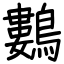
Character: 鷜